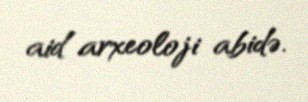
aid arxeoloji abidə.